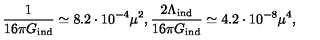
{ \frac { 1 } { 1 6 \pi G _ { \mathrm { \scriptsize i n d } } } } \simeq 8 . 2 \cdot 1 0 ^ { - 4 } \mu ^ { 2 } , { \frac { 2 \Lambda _ { \mathrm { \scriptsize i n d } } } { 1 6 \pi G _ { \mathrm { \scriptsize i n d } } } } \simeq 4 . 2 \cdot 1 0 ^ { - 8 } \mu ^ { 4 } ,